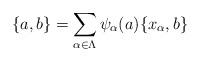
LaTeX: \begin{align*}\{a, b\}&=\sum_{\alpha\in \Lambda}\psi_{\alpha}(a)\{x_{\alpha}, b\}\end{align*}